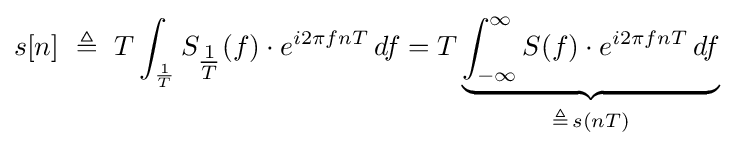
s[n]\ \triangleq \ T\int _{\frac {1}{T}}S_{\tfrac {1}{T}}(f)\cdot e^{i2\pi fnT}\,df=T\underbrace {\int _{-\infty }^{\infty }S(f)\cdot e^{i2\pi fnT}\,df} _{\triangleq \,s(nT)}